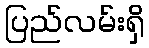
ပြည်လမ်းရှိ